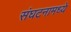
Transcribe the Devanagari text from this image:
संघटनामध्ये